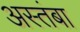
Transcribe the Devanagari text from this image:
अस्तंबा